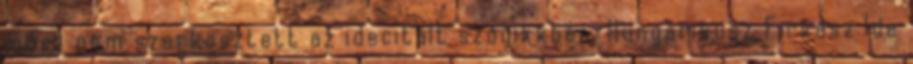
mást nem szerkesztett az idecitált szócikkben. Hungarikusz Firkász Ide